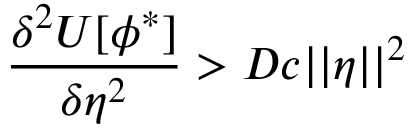
\frac { \delta ^ { 2 } U [ \phi ^ { * } ] } { \delta \eta ^ { 2 } } > D c | | \eta | | ^ { 2 }